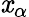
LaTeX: \mathit{x}_{\alpha}